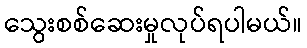
သွေးစစ်ဆေးမှုလုပ်ရပါမယ်။